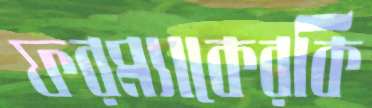
ফরম্যাকেরকি